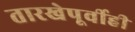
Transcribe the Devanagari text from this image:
तारखेपूर्वीही